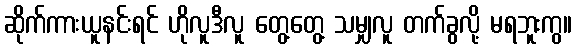
ဆိုက်ကားယူနင်းရင် ဟိုလူဒီလူ တွေ့တွေ့ သမျှလူ တက်ခွလို့ မရဘူးကွ။